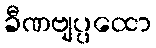
ခီဏဗျပ္ပထော